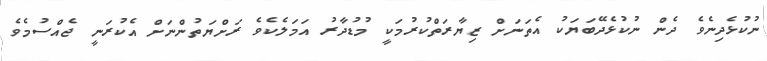
ނުކުޅެދިނެވެ ދެން ނުކުޅެދޭބަޔަކު އެތަނަށް ޒިޔާރަތްކުރުމަކީ މުޑުދާރު އަމަލެކެވެ ރަށްޔަތުންނަށް އެކުރަނީ ޖެއްސުމެވެ